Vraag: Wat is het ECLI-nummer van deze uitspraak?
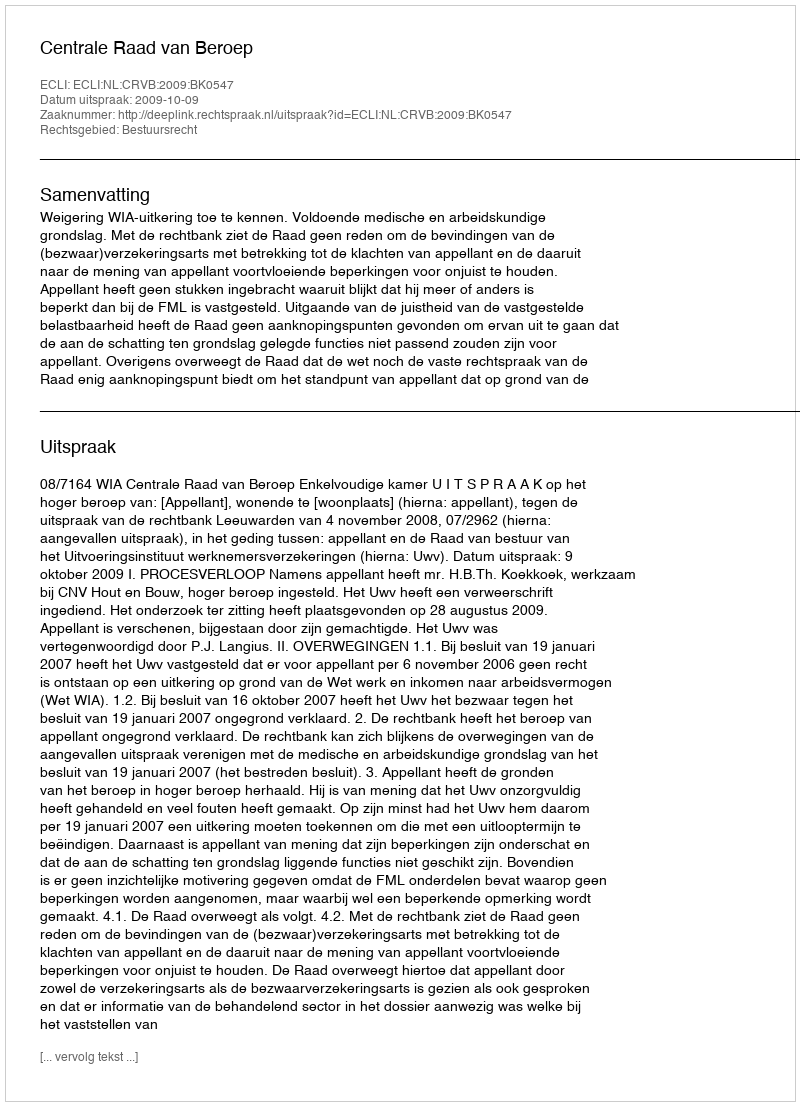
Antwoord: ECLI:NL:CRVB:2009:BK0547